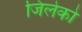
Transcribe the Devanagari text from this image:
जिलेको